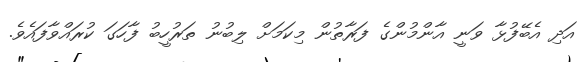
އަދި އެބޭފުޅާ ވަނީ އާންމުންގެ ފަރާތުން މިކަމަށް ލިބުނު ތަރުހީބު ފާހަގަ ކުރައްވާފައެވެ.